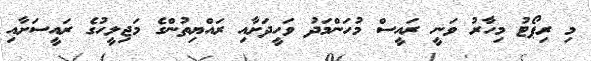
މި ރިޕޯޓު މިހާރު ވަނީ ރައީސް މުހަންމަދު ވަހީދަށާއި ރައްޔިތުންގެ މަޖިލީހުގެ ރައީސަށާއި